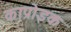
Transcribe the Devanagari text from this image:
काप्रोइक